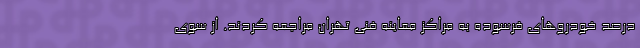
درصد خودروهای فرسوده به مراکز معاینه فنی تهران مراجعه کردند. از سوی